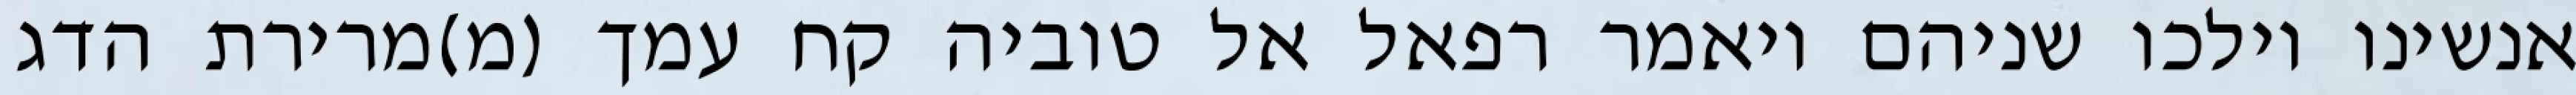
אנשינו וילכו שניהם ויאמר רפאל אל טוביה קח עמך (מ)מרירת הדג